Lunatic asylums Central Provinces reports 1874-1885 - 1874-1885
Year: 1874
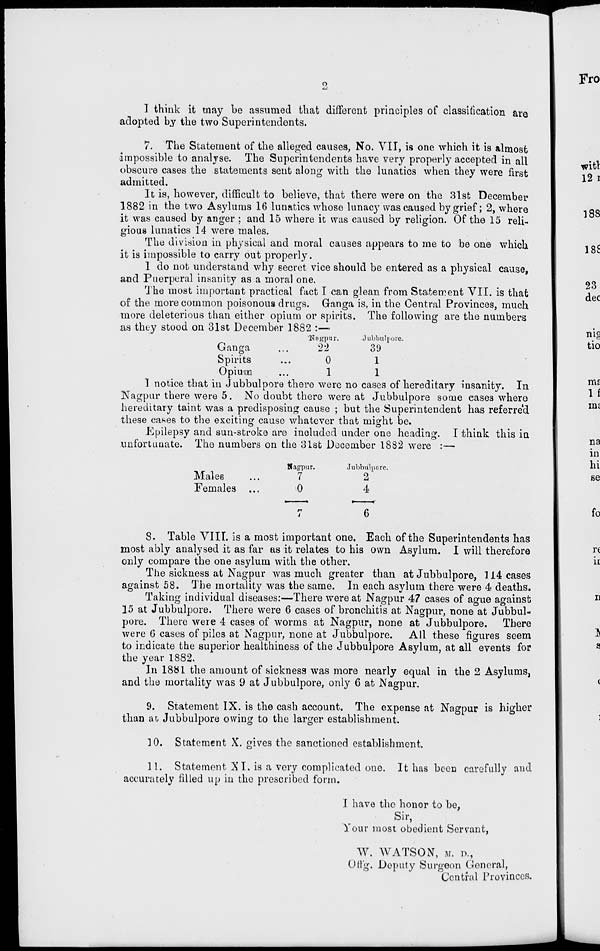
2
I think it may be assumed that different principles of classification are
adopted by the two Superintendents.
7. The Statement of the alleged causes, No. VII, is one which it is almost
impossible to analyse. The Superintendents have very properly accepted in all
obscure cases the statements sent along with the lunatics when they were first
admitted.
It is, however, difficult to believe, that there were on the 31st December
1882 in the two Asylums 16 lunatics whose lunacy was caused by grief ; 2, where
it was caused by anger ; and 15 where it was caused by religion. Of the 15 reli-
gious lunatics 14 were males.
The division in physical and moral causes appears to me to be one which
it is impossible to carry out properly.
I do not understand why secret vice should be entered as a physical cause,
and Puerperal insanity as a moral one.
The most important practical fact I can glean from Statement VII. is that
of the more common poisonous drugs. Ganga is, in the Central Provinces, much
more deleterious than either opium or spirits. The following are the numbers
as they stood on 31st December 1882 :—
Ganga ...
Spirits ...
Opium ...
Nagpur.
22
0
1
Jubbulpore.
39
1
1
I notice that in Jubbulpore there were no cases of hereditary insanity. In
Nagpur there were 5. No doubt there were at Jubbulpore some cases where
hereditary taint was a predisposing cause ; but the Superintendent has referred
these cases to the exciting cause whatever that might be.
Epilepsy and sun-stroke are included under one heading. I think this in
unfortunate. The numbers on the 31st December 1882 were :—
Males ...
Females ...
Nagpur.
7
0
7
Jubbulpore.
2
4
6
8. Table VIII. is a most important one. Each of the Superintendents has
most ably analysed it as far as it relates to his own Asylum. I will therefore
only compare the one asylum with the other.
The sickness at Nagpur was much greater than at Jubbulpore, 114 cases
against 58. The mortality was the same. In each asylum there were 4 deaths.
Taking individual diseases:—There were at Nagpur 47 cases of ague against
15 at Jubbulpore. There were 6 cases of bronchitis at Nagpur, none at Jubbul-
pore. There were 4 cases of worms at Nagpur, none at Jubbulpore.
There
were 6 cases of piles at Nagpur, none at Jubbulpore.
All these figures seem
to indicate the superior healthiness of the Jubbulpore Asylum, at all events for
the year 1882.
In 1881 the amount of sickness was more nearly equal in the 2 Asylums,
and the mortality was 9 at Jubbulpore, only 6 at Nagpur.
9. Statement IX. is the cash account. The expense at Nagpur is higher
than at Jubbulpore owing to the larger establishment.
10. Statement X. gives the sanctioned establishment.
11. Statement XI. is a very complicated one. It has been carefully and
accurately filled up in the prescribed form.
I have the honor to be,
Sir,
Your most obedient Servant,
W. WATSON, M. D.,
Offg. Deputy Surgeon General,
Central Provinces.